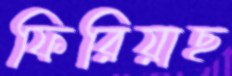
ফিরিয়াছ